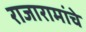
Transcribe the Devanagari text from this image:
राजारामांचे